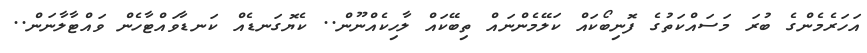
އަހަރެމެންގެ ބުރަ މަސައްކަތުގެ ފޮނިބޯކައް ކަލޭމެންނައް ތިބޭކައް ލާހިކެއްނޫން.. ކެޔޮގަނޑެއް ކަނޑާވައްޓާހެން ވައްޓާލާނަން..